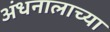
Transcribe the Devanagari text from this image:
अंधनालाच्या